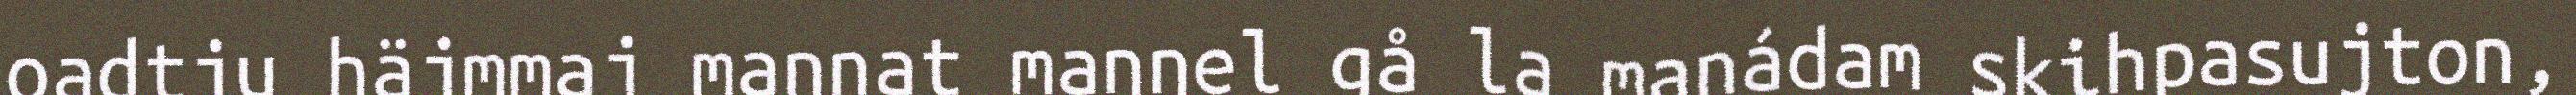
oadtju häjmmaj mannat maŋŋel gå la manádam skihpasujton,